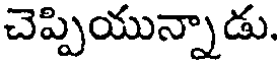
చెప్పియున్నాడు.